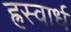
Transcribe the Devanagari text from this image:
ह्रस्वार्ध